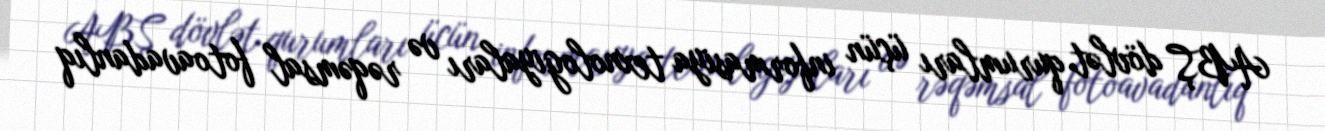
ABŞ dövlət qurumları üçün informasiya texnologiyaları və rəqəmsal fotoavadanlıq